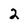
Character: 2